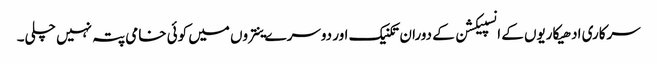
سرکاری ادھیکاریوں کے انسپیکشن کے دوران تکنیک اور دوسرے ینتروں میں کوئی خامی پتہ نہیں چلی۔